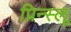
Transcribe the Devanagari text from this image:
प्रिन्स्लू